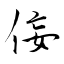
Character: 侫